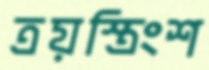
ত্রয়স্ত্রিংশ